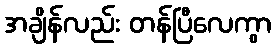
အချိန်လည်း တန်ပြီလေကွာ